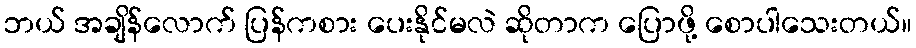
ဘယ် အချိန်လောက် ပြန်ကစား ပေးနိုင်မလဲ ဆိုတာက ပြောဖို့ စောပါသေးတယ်။